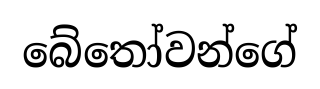
බේතෝවන්ගේ